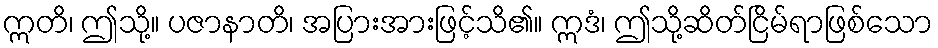
ဣတိ၊ ဤသို့။ ပဇာနာတိ၊ အပြားအားဖြင့်သိ၏။ ဣဒံ၊ ဤသို့ဆိတ်ငြိမ်ရာဖြစ်သော